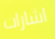
اشارات